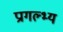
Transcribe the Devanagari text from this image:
प्रागल्भ्य